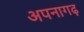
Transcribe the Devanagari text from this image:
अपनागढ़